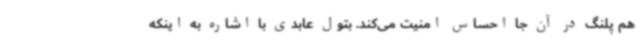
هم پلنگ در آن جا احساس امنیت می‌کند. بتول عابدی با اشاره به اینکه